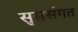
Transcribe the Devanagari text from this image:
सुससंगत